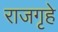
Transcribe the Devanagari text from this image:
राजगृहे